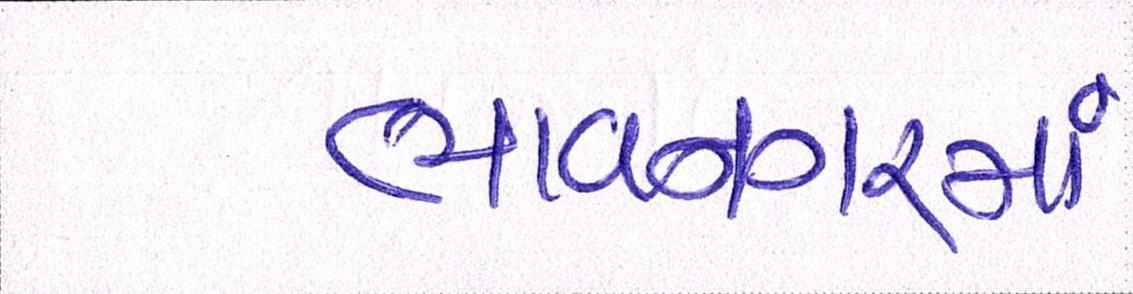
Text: ભાવનગરમાં